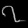
Digit: ၇